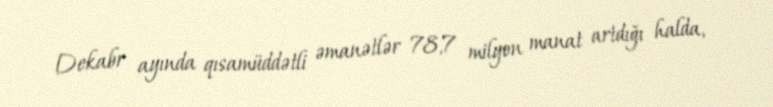
Dekabr ayında qısamüddətli əmanətlər 78,7 milyon manat artdığı halda,